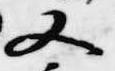
又